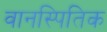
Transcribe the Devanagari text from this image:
वानस्पितिक